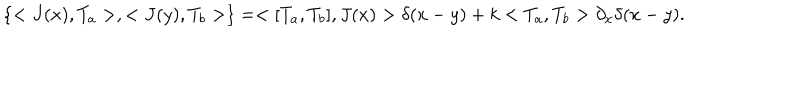
\left\{ < J ( x ) , T _ { a } > , < J ( y ) , T _ { b } > \right\} = < [ T _ { a } , T _ { b } ] , J ( x ) > \delta ( x - y ) + k < T _ { a } , T _ { b } > \partial _ { x } \delta ( x - y ) .